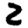
Digit: 2